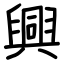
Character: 興